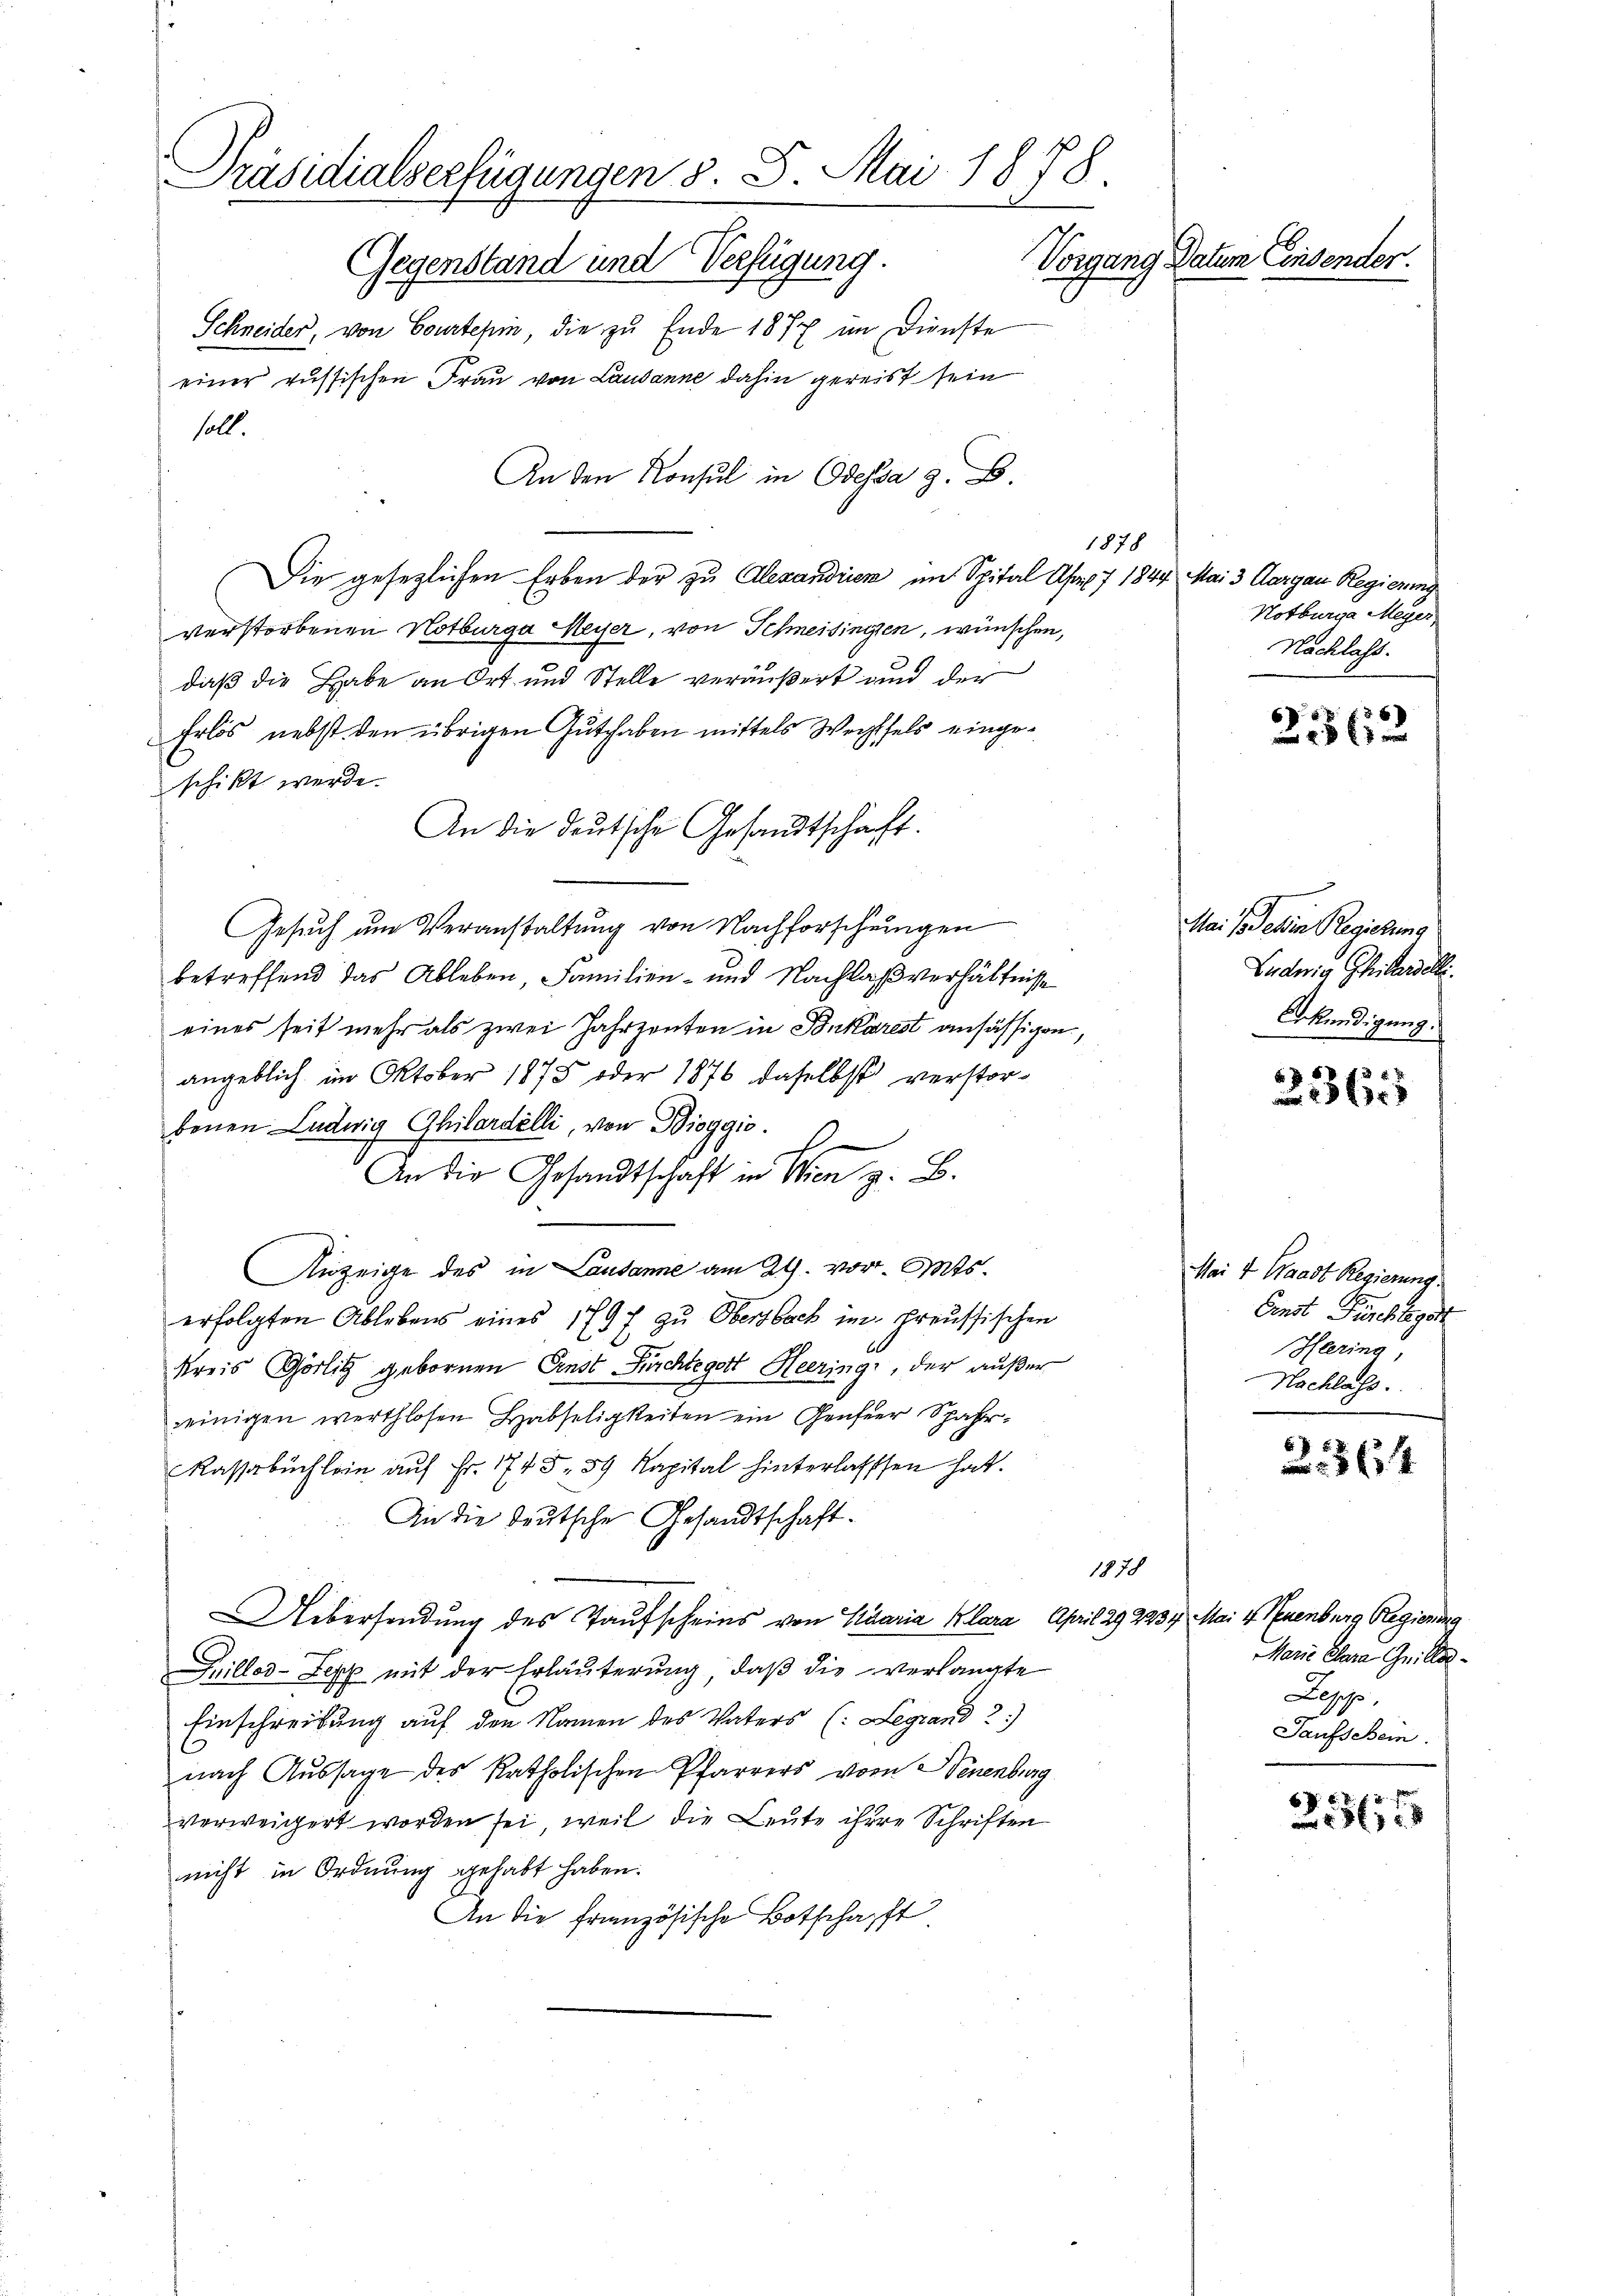
Präsidialserfügungen §. 5. Mai 1878.
Vorgang Datum Einsender.
Gegenstand und Verfügung.
Schneider, von Courtepin, die zu Ende 1877 im Dienste
einer russischen Frau von Lausanne dahin gereist sein
soll.

Die gesezlichen Erben der zu Alexandrien im Spital Arx 7 1844. Mai 3 Aargau Regierung
verstorbenen Notburga Meyer, von Schneisingen, wünschen,
daß die Habe an Ort und Stelle veräußert und der
Erlös nebst den übrigen Guthaben mittels Wechsels eingeschikt werde.
An die deutsche Gesandtschaft.
Gesuch um Veranstaltung von Nachforschungen
betreffend das Ableben, Familien- und Nachlaßverhältnisse
eines seit mehr als zwei Jahrzenten in Tonkarest ansässigen,
angeblich im Oktober 1875 oder 1876 daselbst verstorbenen Ludwig Ghilardelli, von Bieggio.
An die Gesandtschaft in Wien z. B.
Anzeige des in Lausanne am 29. vor. Mts.
erfolgten Ablebens eines 1797 zu Obersbach im preussischen
Kreis Görlig gebornen Ernst Fürchte gott Heeringi, der außer
einigen werthlosen Habseligkeiten ein Genfer Spahr-
Kassabuchlein aŭf Fr. 1745. 59 Kapital hinterlassen hat.
An die deutsche Gesandtschaft.
1878
Uebersendung des Taufscheins von Stuaria Klara, April 292234. Mai v. Neuenburg Regierung
Guiller-Zepp mit der Erläuterung, daß die verlangte
Einschreibung auf den Namen des Vaters (Legrand 2)
nach Aussage des katholischen Pfarrers vom Neuenburg
verweigert worden sei, weil die Leute ihre Schriften
nicht in Ordnung gehabt haben.
An die französische Botschafft

An den Konsul in Odessa z. B.

1878

Notburga Meyer,
Nachlass.

Mai so sehen Regierung
Ludwig Gittersell
Gkündigung.

Mai 4 Waadt Regierung.
Censt Fürchte gest
Heering,
Nachlass.

Marie Clara Grilles
Lapp,
Taufschein.

2362

5
2 xx

2364

67
 xxx